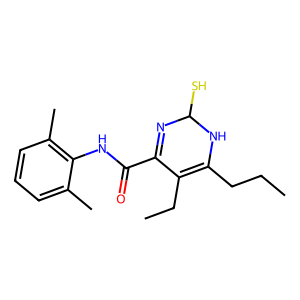
SMILES: CCCC1=C(CC)C(C(=O)Nc2c(C)cccc2C)=NC(S)N1
Inhibits HIV replication: No